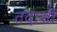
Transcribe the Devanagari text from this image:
तदाशी